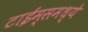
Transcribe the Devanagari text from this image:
टाईम्समध्ये